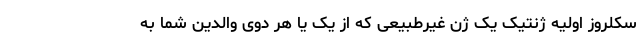
سکلروز اولیه ژنتیک یک ژن غیرطبیعی که از یک یا هر دوی والدین شما به